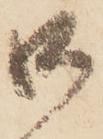
御